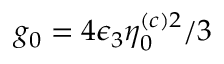
g _ { 0 } = 4 \epsilon _ { 3 } \eta _ { 0 } ^ { ( c ) 2 } / 3